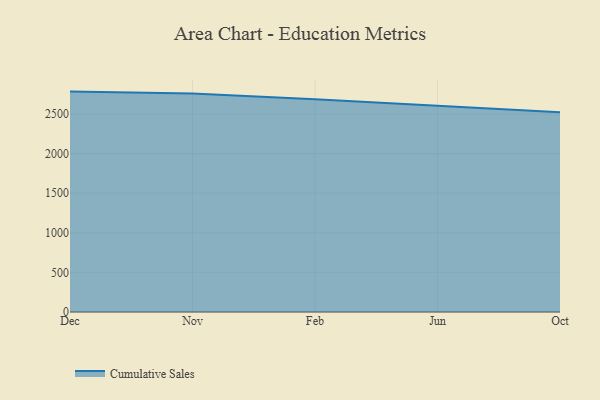
{"axis": {"x": "Month", "y": "Website Visitors"}, "legend": ["Cumulative Sales"], "data": [{"x": "Dec", "y": 2782.4, "type": "Cumulative Sales"}, {"x": "Nov", "y": 2758.1, "type": "Cumulative Sales"}, {"x": "Feb", "y": 2686.8, "type": "Cumulative Sales"}, {"x": "Jun", "y": 2607.6, "type": "Cumulative Sales"}, {"x": "Oct", "y": 2522.8, "type": "Cumulative Sales"}]}